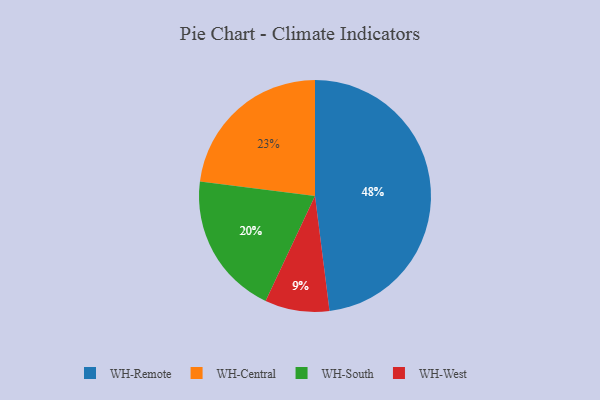
{"axis": {"x": "Category", "y": "Percentage"}, "legend": ["WH-Central", "WH-Remote", "WH-South", "WH-West"], "data": [{"x": "WH-West", "y": 9, "type": "WH-West"}, {"x": "WH-Remote", "y": 48, "type": "WH-Remote"}, {"x": "WH-Central", "y": 23, "type": "WH-Central"}, {"x": "WH-South", "y": 20, "type": "WH-South"}]}